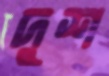
দুশ